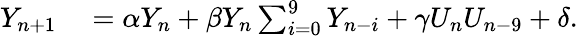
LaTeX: \begin{array}{rl}{Y_{n+1}}&{{}=\alpha Y_{n}+\beta Y_{n}\sum_{i=0}^{9}Y_{n-i}+\gamma U_{n}U_{n-9}+\delta.}\end{array}